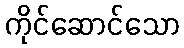
ကိုင်ဆောင်သော